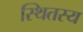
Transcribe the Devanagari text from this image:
स्थितस्य